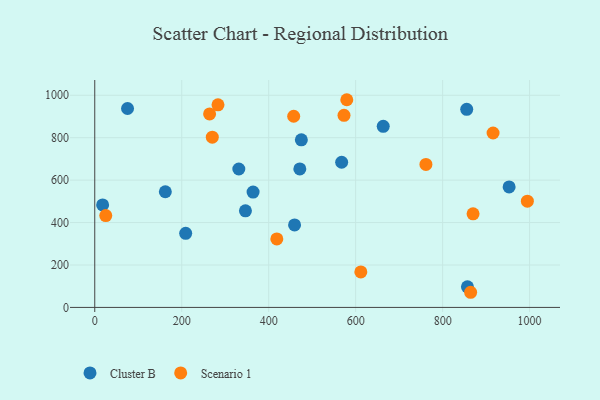
{"axis": {"x": "Study Hours", "y": "Demand"}, "legend": ["Cluster B", "Scenario 1"], "data": [{"x": "663.4", "y": 853.6, "type": "Cluster B"}, {"x": "75.4", "y": 937.6, "type": "Cluster B"}, {"x": "475.1", "y": 790.0, "type": "Cluster B"}, {"x": "331.3", "y": 652.5, "type": "Cluster B"}, {"x": "162.3", "y": 545.2, "type": "Cluster B"}, {"x": "471.6", "y": 652.9, "type": "Cluster B"}, {"x": "855.4", "y": 933.6, "type": "Cluster B"}, {"x": "952.9", "y": 567.8, "type": "Cluster B"}, {"x": "857.1", "y": 96.9, "type": "Cluster B"}, {"x": "346.5", "y": 455.4, "type": "Cluster B"}, {"x": "18.1", "y": 482.9, "type": "Cluster B"}, {"x": "459.5", "y": 388.8, "type": "Cluster B"}, {"x": "567.8", "y": 684.4, "type": "Cluster B"}, {"x": "364.1", "y": 543.6, "type": "Cluster B"}, {"x": "209.1", "y": 349.3, "type": "Cluster B"}, {"x": "283.4", "y": 955.1, "type": "Scenario 1"}, {"x": "870.0", "y": 441.3, "type": "Scenario 1"}, {"x": "994.9", "y": 500.7, "type": "Scenario 1"}, {"x": "264.1", "y": 911.9, "type": "Scenario 1"}, {"x": "270.3", "y": 802.4, "type": "Scenario 1"}, {"x": "579.6", "y": 979.0, "type": "Scenario 1"}, {"x": "864.4", "y": 71.4, "type": "Scenario 1"}, {"x": "573.2", "y": 905.4, "type": "Scenario 1"}, {"x": "916.0", "y": 822.1, "type": "Scenario 1"}, {"x": "611.9", "y": 167.3, "type": "Scenario 1"}, {"x": "761.6", "y": 674.1, "type": "Scenario 1"}, {"x": "457.5", "y": 901.2, "type": "Scenario 1"}, {"x": "418.7", "y": 322.8, "type": "Scenario 1"}, {"x": "25.3", "y": 432.9, "type": "Scenario 1"}]}